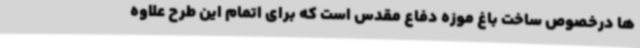
ها درخصوص ساخت باغ موزه دفاع مقدس است که برای اتمام این طرح علاوه